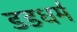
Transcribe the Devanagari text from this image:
डडधर्म